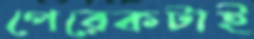
পেরেকটাই